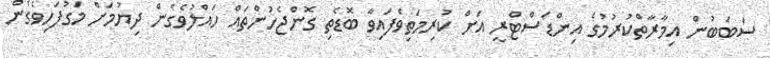
ސަބަބުން އިމާރާތްކުރުމުގެ އިންޑަސްޓްރީ އަށް ކުރިމަތިވެފައިވާ ބޮޑެތި ގޮންޖެހުންތައް ހައްލުވެގެން ދިޔުމަށް މަގުފަހިވެގެން